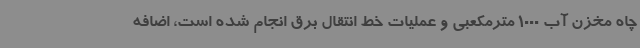
چاه مخزن آب 1000 مترمکعبی و عملیات خط انتقال برق انجام شده است، اضافه